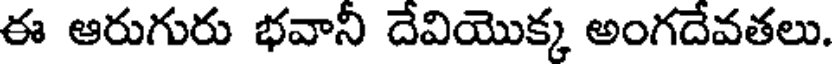
ఈ ఆరుగురు భవానీ దేవియొక్క అంగదేవతలు.